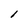
Character: l